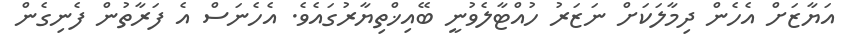
އަޔާޒަށް އެހެން ދިމާލަކަށް ނަޒަރު ހުއްޓާލެވުނީ ބޭއިޚްތިޔާރުގައެވެ. އެހެނަސް އެ ފަރާތުން ފެނިގެން